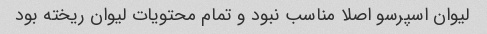
لیوان اسپرسو اصلا مناسب نبود و تمام محتویات لیوان ریخته بود